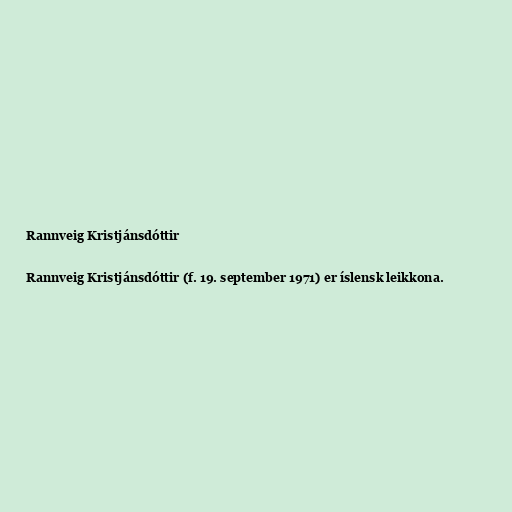
Rannveig Kristjánsdóttir

Rannveig Kristjánsdóttir (f. 19. september 1971) er íslensk leikkona.